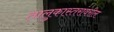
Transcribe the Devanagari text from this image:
तालुकास्तरांवरील